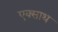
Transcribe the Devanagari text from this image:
एक्साथ